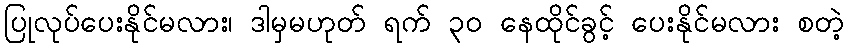
ပြုလုပ်ပေးနိုင်မလား၊ ဒါမှမဟုတ် ရက် ၃၀ နေထိုင်ခွင့် ပေးနိုင်မလား စတဲ့